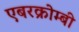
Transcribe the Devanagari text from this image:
एबरक्रोम्बी